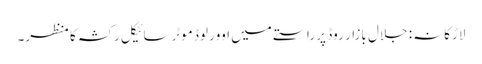
لاڑکانہ: جلال بازار روڈ پر راستے میں اوورلوڈ موٹرسائیکل رکشہ کا منظر۔